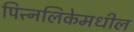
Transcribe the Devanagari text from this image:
पित्त्नलिकेमधील